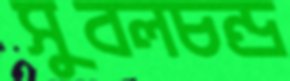
সুবলচন্দ্র